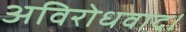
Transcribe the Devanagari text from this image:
अविरोधवाद।